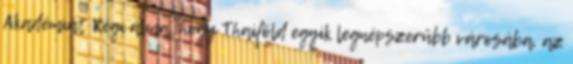
Akadémiát Régi álma, hogy Thaiföld egyik legnépszerűbb városába, az